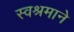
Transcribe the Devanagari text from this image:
स्वश्रमाने